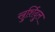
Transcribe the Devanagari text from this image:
खुर्शिदुल